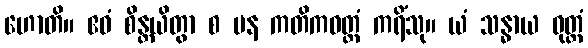
ဟောတိ။ ဧဝံ စိန္တယိတွာ စ ပန ကတိကဝတ္တံ ကရိံသု။ ယံ သန္ဓာယ ဝုတ္တံ